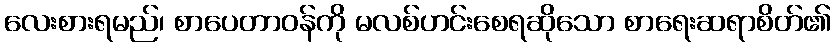
လေးစားရမည်၊ စာပေတာဝန်ကို မလစ်ဟင်းစေရဆိုသော စာရေးဆရာစိတ်၏